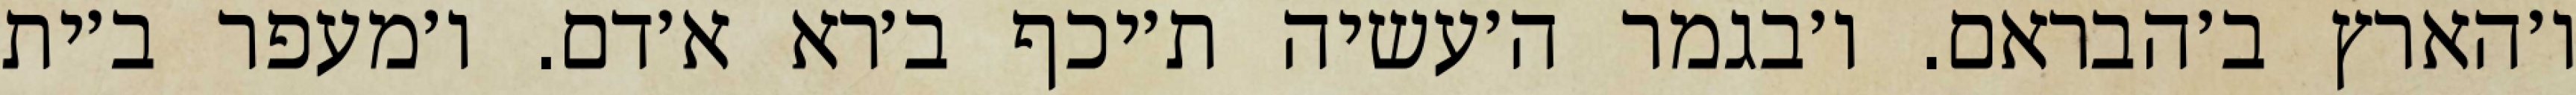
ו׳הארץ ב׳הבראם. ו׳בגמר ה׳עשיה ת׳יכף ב׳רא א׳דם. ו׳מעפר ב׳ית